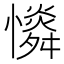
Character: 𢣶